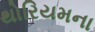
થોરિયમના